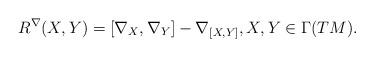
LaTeX: \begin{align*}R^{\nabla}(X,Y) = [\nabla_X,\nabla_Y] - \nabla_{[X,Y]}, X,Y \in \Gamma(TM).\end{align*}